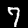
Label: 7